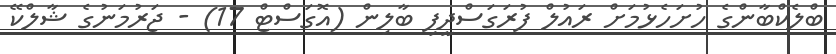
ބްލެކްބާންގެ ހުށަހެޅުމަށް ރައުލް ފުރަގަސްދީފި ބާލިން (އޮގަސްޓް 17) - ޖަރުމަނުގެ ޝާލްކޭ